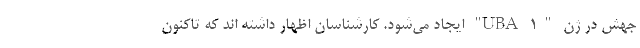
جهش در ژن "UBA ۱" ایجاد می‌شود. کارشناسان اظهار داشته اند که تاکنون